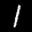
Label: 1